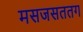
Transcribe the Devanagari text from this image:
मसजसततग